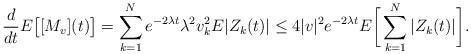
LaTeX: \begin{align*}\frac{d}{dt}E\big[[M_v](t)\big]=\sum_{k=1}^Ne^{-2\lambda t}\lambda^2v_{k}^2E|Z_k(t)|\le4|v|^2e^{-2\lambda t}E\bigg[\sum_{k=1}^N|Z_k(t)|\bigg].\end{align*}